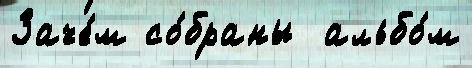
Заче́м со́браны  альбо́м